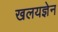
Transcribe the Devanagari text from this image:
खलयज्ञेन